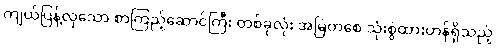
ကျယ်ပြန့်လှသော စာကြည့်ဆောင်ကြီး တစ်ခုလုံး အမြဲတစေ သုံးစွဲထားဟန်ရှိသည့်